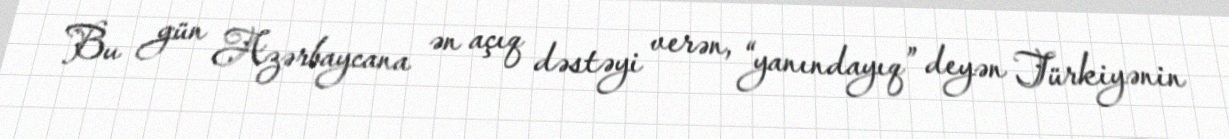
Bu gün Azərbaycana ən açıq dəstəyi verən, “yanındayıq” deyən Türkiyənin